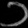
Digit: ၁